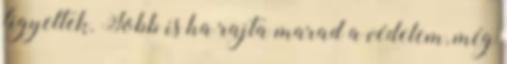
figyeltek. Jobb is ha rajta marad a védelem, még